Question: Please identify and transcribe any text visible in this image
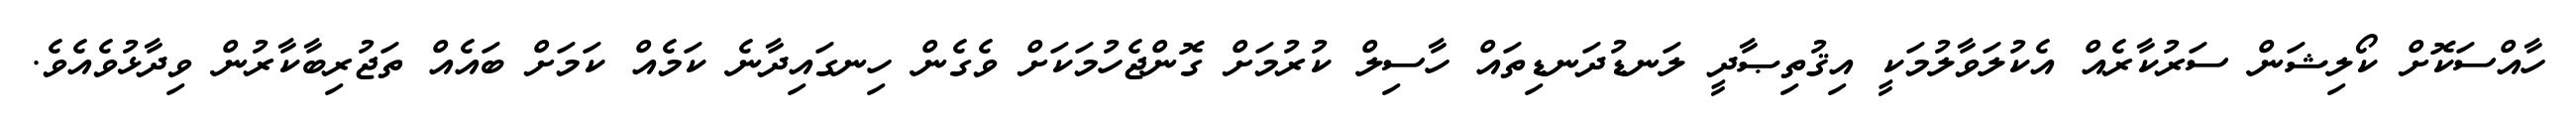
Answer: ހާއްސަކޮށް ކޯލިޝަން ސަރުކާރެއް އެކުލަވާލުމަކީ އިޤުތިޞާދީ ލަނޑުދަނޑިތައް ހާސިލް ކުރުމަށް ގޮންޖެހުމަކަށް ވެގެން ހިނގައިދާނެ ކަމެއް ކަމަށް ބައެއް ތަޖުރިބާކާރުން ވިދާޅުވެއެވެ.